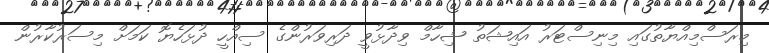
މިރަސްމިއްޔާތުގައި މިނިސްޓަރު އައިޝަތު ޝިހާމް ވިދާޅުވީ ދަރިވަރުންގެ ސިއްހީ ދުޅަހެޔޮ ކަމަށް މިސަރުކާރުން